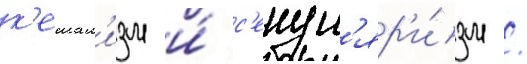
к'емал'изм и́ с'екул'яр'и́зм /